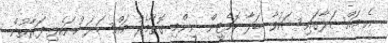
އެ މައްސަލާގައި ޝަކުވާ ބަލާ ކޮމެޓީން ނިންމި ގޮތާމެދު މައްސަލަ ހުށަހެޅި ފަރާތުން